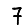
Digit: 7